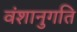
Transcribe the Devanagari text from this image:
वंशानुगति